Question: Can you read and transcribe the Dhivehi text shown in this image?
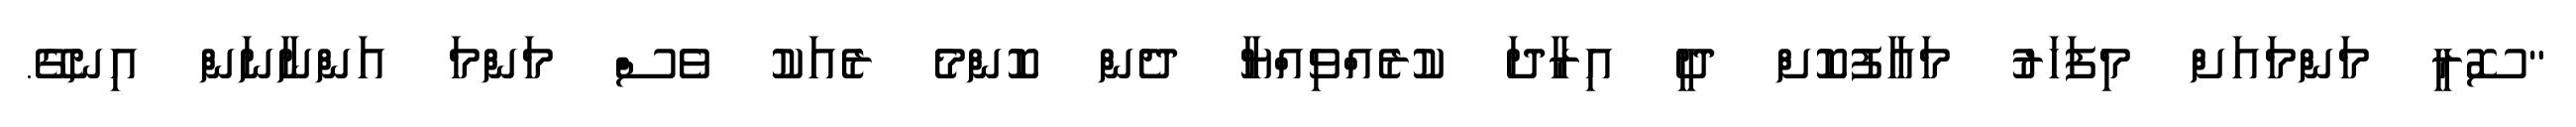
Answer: "ސޮރީ މަންމައަށް މިފަހަރު މަޢާފުކޮށް ދީ އިރާދަ ކުރެއްވިއްޔާ ދެން ކޮންމެ ރެއަކު ވެސް މަންމަ އަންނާނަން އިނގޭ.